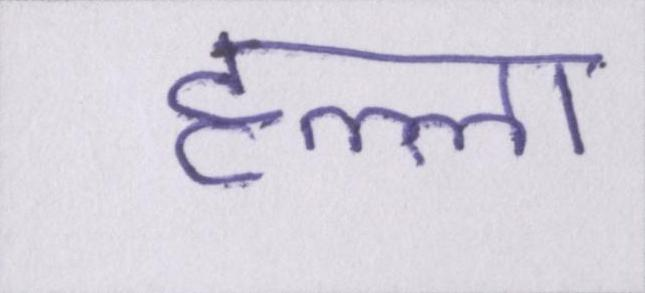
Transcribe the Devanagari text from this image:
हल्ला